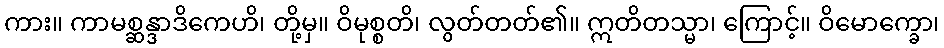
ကား။ ကာမစ္ဆန္ဒာဒိကေဟိ၊ တို့မှ။ ဝိမုစ္စတိ၊ လွတ်တတ်၏။ ဣတိတသ္မာ၊ ကြောင့်။ ဝိမောက္ခော၊